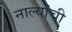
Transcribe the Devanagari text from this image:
नाल्यांची